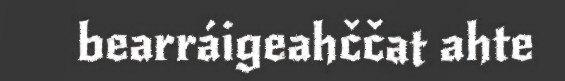
bearráigeahččat ahte